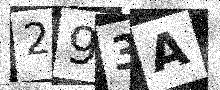
Text: 293A